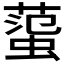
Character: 𧍙